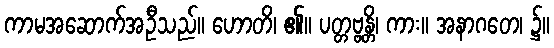
ကာမအဆောက်အဦသည်။ ဟောတိ၊ ၏။ ပတ္တဗ္ဗန္တိ၊ ကား။ အနာဂတေ၊ ၌။